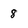
Character: 8